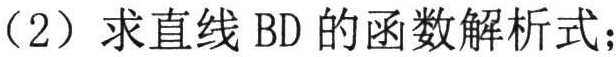
（2）求直线 \(BD\) 的函数解析式；